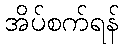
အိပ်စက်ရန်